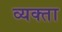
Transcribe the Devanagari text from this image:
व्यक्ता